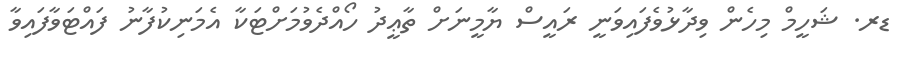
ޑރ. ޝަހީމް މިހެން ވިދާޅުވެފައިވަނީ ރައީސް ޔާމީނަށް ތާޢީދު ހޯއްދެވުމަށްޓަކާ އެމަނިކުފާނު ފައްޓަވާފައިވާ